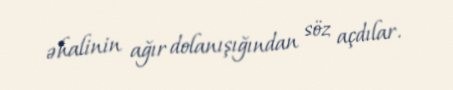
əhalinin ağır dolanışığından söz açdılar.